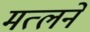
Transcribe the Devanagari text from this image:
मत्लने